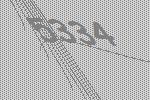
5334